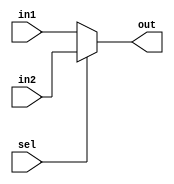
//FIND THE GCD OF TWO NUMBERS USING REPEATED SUBTRACTION

//SELECT THE INPUTS OF SUBTRACTOR WTH MUX
module MUX2TO1_1BIT(in1, in2, sel, out);
    input in1, in2, sel;
    output reg out;

    always @ (*)
        out = sel ? in2 : in1;
endmodule

module MUX2TO1_NBIT (in1, in2, sel, out);
    parameter N = 16;
                 
    input [N-1 : 0] in1, in2;
    input sel;
    output [N-1: 0] out;

    genvar j;
    generate for (j = 0; j < N; j = j + 1) begin: MUX_LOOP
        MUX2TO1_1BIT Mj(in1[j], in2[j], sel, out[j]);
    end
    endgenerate
endmodule

//SUBTRACT A-B OR B - A
module SUBTRACTOR (in1, in2, out);
    parameter N = 16;
    input [N-1:0] in1, in2;
    output reg [N-1:0] out;                       

    always @ (*)
        out <= in1 - in2; 
endmodule

//COMPARE A & B
module COMPARATOR(in1, in2, lt, gt, eq);
    parameter N = 16;
    input [N-1:0] in1, in2;
    output lt, gt, eq;

    assign lt = (in1 < in2);
    assign gt = (in1 > in2);
    assign eq = (in1 == in2);
endmodule

//REGISTERS TO HOLD A & B
module REGISTER_NBIT (regOut, dataIn, load, clock);
    parameter N = 16;
    input [N-1: 0] dataIn;
    output reg [N-1:0] regOut;
    input load, clock;

    always @ (posedge clock) begin
        if (load) regOut <= dataIn;
    end
endmodule

//MAIN DATAPATH
module GCD_DATAPATH(
    loadA, loadB, selLoadA, selLoadB, dataInA, dataInB,  clock, lt, gt, eq
);
    parameter N = 16;

    input loadA, loadB, clock, selLoadA, selLoadB;
    input [N - 1: 0] dataInA, dataInB;
    output lt, gt, eq;

    wire  [N - 1: 0] regOutA, regOutB, dataA, dataB, subtractOut, subtractIn1, subtractIn2;
    
    //INCOMPARATOR(in1, in2, lt, gt, eq);STANTIATE THE SUBTRACTOR
    COMPARATOR COMPARE(regOutA, regOutB, lt, gt, eq);

    //MUXES FOR CHOOSING LOAD VALUE OF A & B
    MUX2TO1_NBIT MUXA(dataInA, subtractOut, selLoadA, dataA);
    MUX2TO1_NBIT MUXB(dataInB, subtractOut, selLoadB, dataB);

    //MUXES FOR CHOOSING INPUTS OF SUBTRACTOR
    MUX2TO1_NBIT MUXIN1(regOutB, regOutA, gt, subtractIn1);
    MUX2TO1_NBIT MUXIN2(regOutA, regOutB, gt, subtractIn2);

    //INSTANTIATE REGISTER A
    REGISTER_NBIT REGA(regOutA, dataA, loadA, clock);

    //INSTANTIATE REGISTER B
    REGISTER_NBIT REGB(regOutB, dataB, loadB, clock);

    //SUBTRACTOR
    SUBTRACTOR SUBTRACT(subtractIn1, subtractIn2, subtractOut);

endmodule

//CONTROLLER
module CONTROLLER(start,  done, lt, gt, eq, loadA, loadB, selLoadA, selLoadB,  clock);
    input start, lt, gt, eq, clock;
    output reg done, loadA, loadB, selLoadA, selLoadB;

    //REGISTERS FOR HOLDING STATE
    reg [2: 0] state;

    //PARAMETERS FOR STATE
    parameter S0 = 3'b000, S1 = 3'b001, S2 = 3'b010, S3 = 3'b011, S4 = 3'b100, S5 = 3'b101;

    //ALWAYS BLOCK FOR STATE CHANGE
    always @ (posedge clock)
    begin
        case(state)
            S0: state <= start ? S1: S0;
            S1: state <= S2;
            S2: begin
                if (lt) state <= S3;
                else if (gt) state <= S4;
                else if (eq) state <= S5;
            end
            S3: state <= S2;
            S4: state <= S2;
            S5: state <= S5;
            default: state <= S0;
        endcase
    end

    //ALWAYS BLOCK FOR CONTROL SIGNALS
    always @ (state)
        begin
            case(state)
                S0: begin done = 0; loadA = 0; loadB = 0; selLoadA = 0; selLoadB = 0; end
                S1: begin done = 0; loadA = 1; loadB = 1; selLoadA = 0; selLoadB = 0; end
                S2: begin done = 0; loadA = 0; loadB = 0; selLoadA = 0; selLoadB = 0; end
                S3: begin done = 0; loadA = 0; loadB = 1; selLoadA = 0; selLoadB = 1; end
                S4: begin done = 0; loadA = 1; loadB = 0; selLoadA = 1; selLoadB = 0; end
                S5: begin done = 1; loadA = 0; loadB = 0; selLoadA = 0; selLoadB = 0; end
                default: begin done = 0; loadA = 0; loadB = 0; selLoadA = 0; selLoadB = 0; end
            endcase
        end
endmodule


module TESTBENCH;
    parameter N = 16;
    reg [N-1: 0] dataInA, dataInB;
    reg clock, start;

    wire done, lt, gt, eq, loadA, loadB, selLoadA, selLoadB;

    GCD_DATAPATH DP(
    loadA, loadB, selLoadA, selLoadB, dataInA, dataInB,  clock, lt, gt, eq
    );
    CONTROLLER CP(start,  done, lt, gt, eq, loadA, loadB, selLoadA, selLoadB,  clock);


    initial begin
        clock = 1'b0;
        start = 1'b0;

        #12 start = 1'b1;
        #10 start = 1'b0;
    end

    always #5 clock = ~clock;


    initial begin
        $monitor ($time, "DONE = %b START = %b DATAA = %d A = %d DATAB = %d B = %d LT = %b GT = %b EQ = %b STATE = %b SELLOADA = %b LOADA = %b SELLOADB = %b LOADB = %b DONE = %b\n",done, start, dataInA, DP.regOutA, dataInB, DP.regOutB, lt, gt, eq, CP.state, selLoadA, loadA, selLoadB, loadB, done);
        //DATA TO INITIALLY LOAD
        #12 dataInA = 16'd26; dataInB = 16'd13;
        #1000 $finish;
    end
endmodule